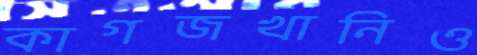
কাগজখানিও